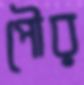
পৌর